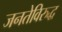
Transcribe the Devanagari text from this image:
जनतेविरुद्ध